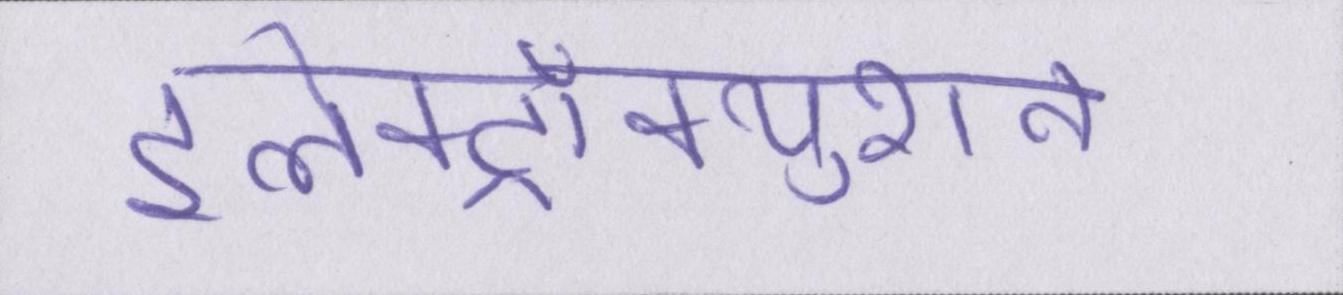
इलेक्ट्रॉक्युशन